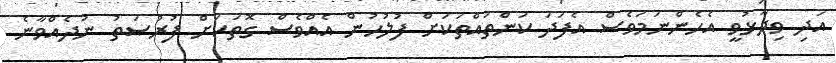
އަދި ވިދާޅުވީ އެހެންނަމަވެސް އެފަދަ ކަންތައްތަކަށް ފުލުހުން އެއްވެސް ގޮތަކަށް ފުރުޞަތު ނުދެއްވާނެ